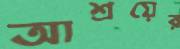
আশ্রয়ের